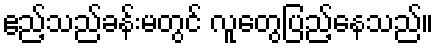
ဧည့်သည်ခန်းမတွင် လူတွေပြည့်နေသည်။